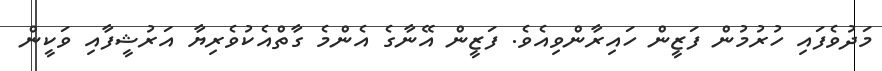
މަދުވެފައި ހުރުމުން ފަޒީން ހައިރާންވިއެވެ. ފަޒީން އޭނާގެ އެންމެ ގާތްއެކުވެރިޔާ އަރުޝީފާއި ވަކީން